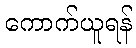
ကောက်ယူရန်